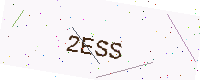
Text: 2ESS